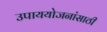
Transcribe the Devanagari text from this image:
उपाययोजनांसाठी